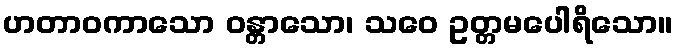
ဟတာဝကာသော ဝန္တာသော၊ သဝေ ဥတ္တမပေါရိသော။